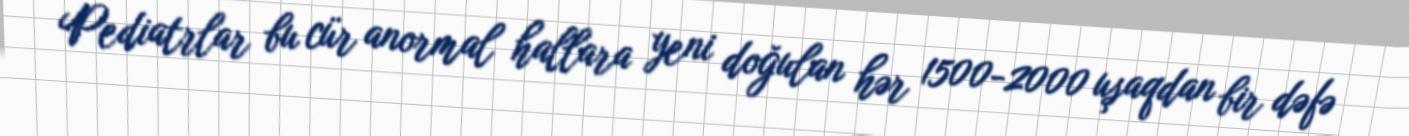
Pediatrlar bu cür anormal hallara yeni doğulan hər 1500-2000 uşaqdan bir dəfə